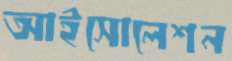
আইসোলেশন